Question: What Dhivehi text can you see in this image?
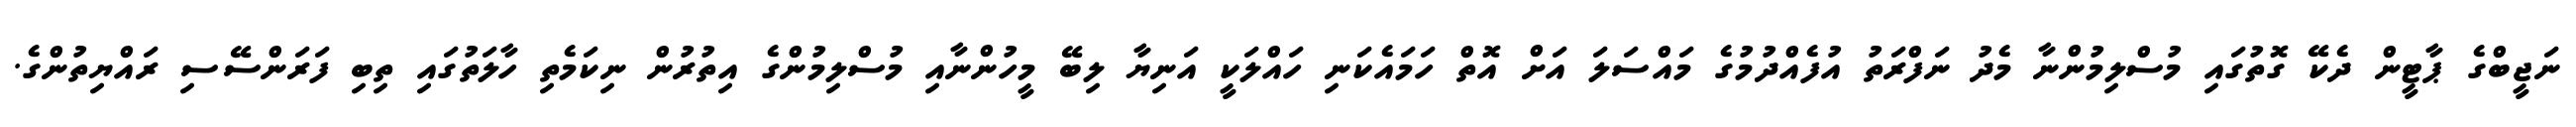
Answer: ނަޖީބްގެ ޕާޓީން ދެކޭ ގޮތުގައި މުސްލިމުންނާ މެދު ނަފްރަތު އުފެއްދުމުގެ މައްސަލަ އަށް އޮތް ހަމައެކަނި ހައްލަކީ އަނިޔާ ލިބޭ މީހުންނާއި މުސްލިމުންގެ އިތުރުން ނިކަމެތި ހާލަތުގައި ތިބި ފަރަންސޭސި ރައްޔިތުންގެ.